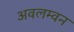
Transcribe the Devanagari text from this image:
अवलम्वन